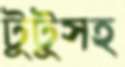
টুটুসহ